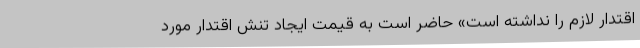
اقتدار لازم را نداشته است» حاضر است به قیمت ایجاد تنش اقتدار مورد